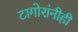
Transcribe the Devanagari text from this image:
टागोरांनीही